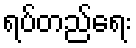
ရပ်တည်ရေး